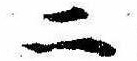
二